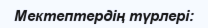
Мектептердің түрлері: